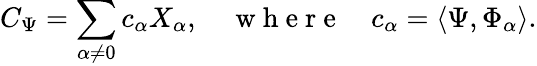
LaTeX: C_{\Psi}=\sum_{\alpha\neq 0}c_{\alpha}X_{\alpha},\quad\mathrm{~w~h~e~r~e~}\quad c_{\alpha}=\langle\Psi,\Phi_{\alpha}\rangle.